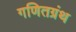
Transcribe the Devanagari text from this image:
गणितग्रंथ